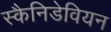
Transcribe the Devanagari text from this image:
स्कैनिडेवियन